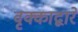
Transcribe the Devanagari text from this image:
वृक्काद्वारे